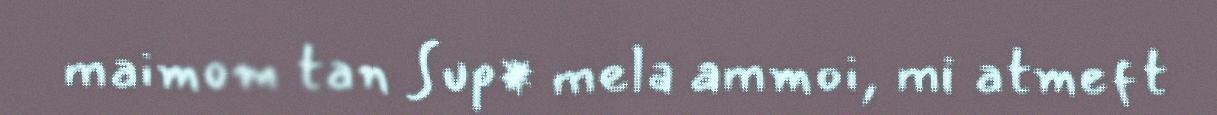
maimom tan Sup* mela ammoi, mi atmeft